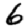
Digit: 6